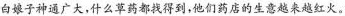
白娘子神通广大，什么草药都找得到，他们药店的生意越来越红火。